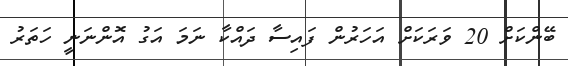
ބޭންކަށް 20 ވަރަކަށް އަހަރުން ފައިސާ ދައްކާ ނަމަ އަގު އޮންނަނީ ހަތަރު